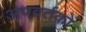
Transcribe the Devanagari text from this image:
अपवर्तकों